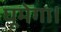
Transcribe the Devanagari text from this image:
घूमेगा।